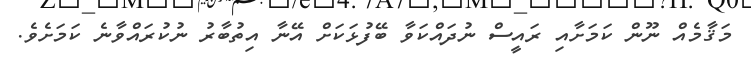
މަޤާމެއް ނޫން ކަމަށާއި ރައީސް ނުދައްކަވާ ބޭފުޅަކަށް އޭނާ އިތުބާރު ނުކުރައްވާނެ ކަމަށެވެ.